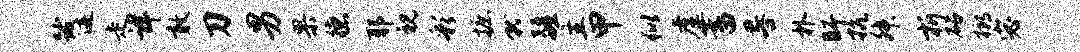
跋迹走详敢刀男果德耶视彩摭就疆主甲似虚蓄晷朴盱抗舛折砧榔宓